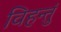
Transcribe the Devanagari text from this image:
विहन्तुं